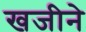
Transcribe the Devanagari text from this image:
खजीने